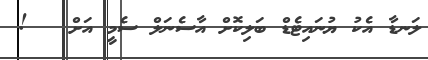
ލަނޑާ އެކު ޔުނައިޓެޑް ބަލިކޮށް އާސެނަލް ސެމީ އަށް   !